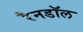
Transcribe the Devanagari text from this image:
रैनडॉल